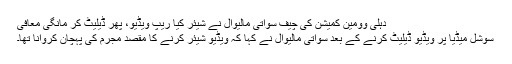
دہلی وومین کمیشن کی چیف سواتی مالیوال نے شیئر کیا ریپ ویڈیو، پھر ڈیلیٹ کر مانگی معافی
سوشل میڈیا پر ویڈیو ڈیلیٹ کرنے کے بعد سواتی مالیوال نے کہا کہ ویڈیو شیئر کرنے کا مقصد مجرم کی پہچان کروانا تھا۔